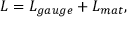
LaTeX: { \cal L } = { \cal L } _ { g a u g e } + { \cal L } _ { m a t } ,